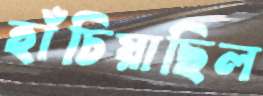
হাঁচিয়াছিল